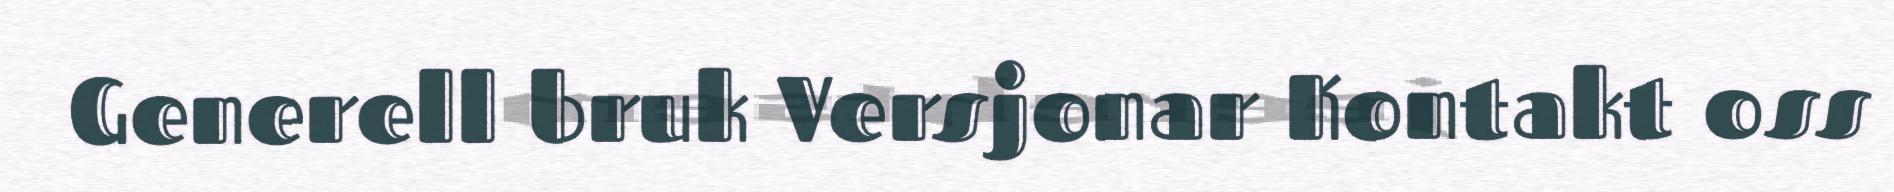
Generell bruk Versjonar Kontakt oss